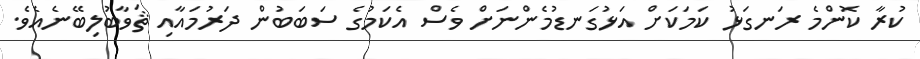
ކުރާ ކޮންމެ ރަނގަޅު ކަމަކަށް އަޅުގަނޑުމެންނަށް ވެސް އެކަމުގެ ސަބަބުން ދަރުމައާއި ޘަވާބުލިބޭނެއެވެ.